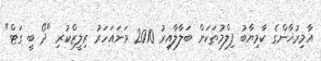
އާމިރުޚާންގެ ކާމިޔާބު ފިލްމުތަކަށް ބަލާލާއިރު 2010 ވަނައަހަރު ރިލީޒްކުރި "ދޯ ބީ ގަޓް"